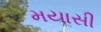
મયાસી